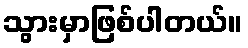
သွားမှာဖြစ်ပါတယ်။